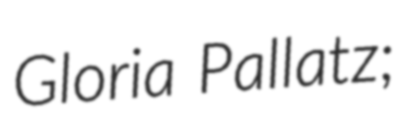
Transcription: Gloria Pallatz;